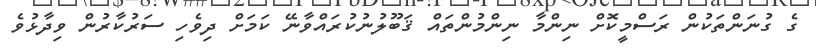
ގެ ގުނަންތަކުން ރަސްމީކޮށް ނިންމާ ނިންމުންތައް ޤަބޫލުނުކުރައްވާނޭ ކަމަށް ދިވެހި ސަރުކާރުން ވިދާޅުވެ